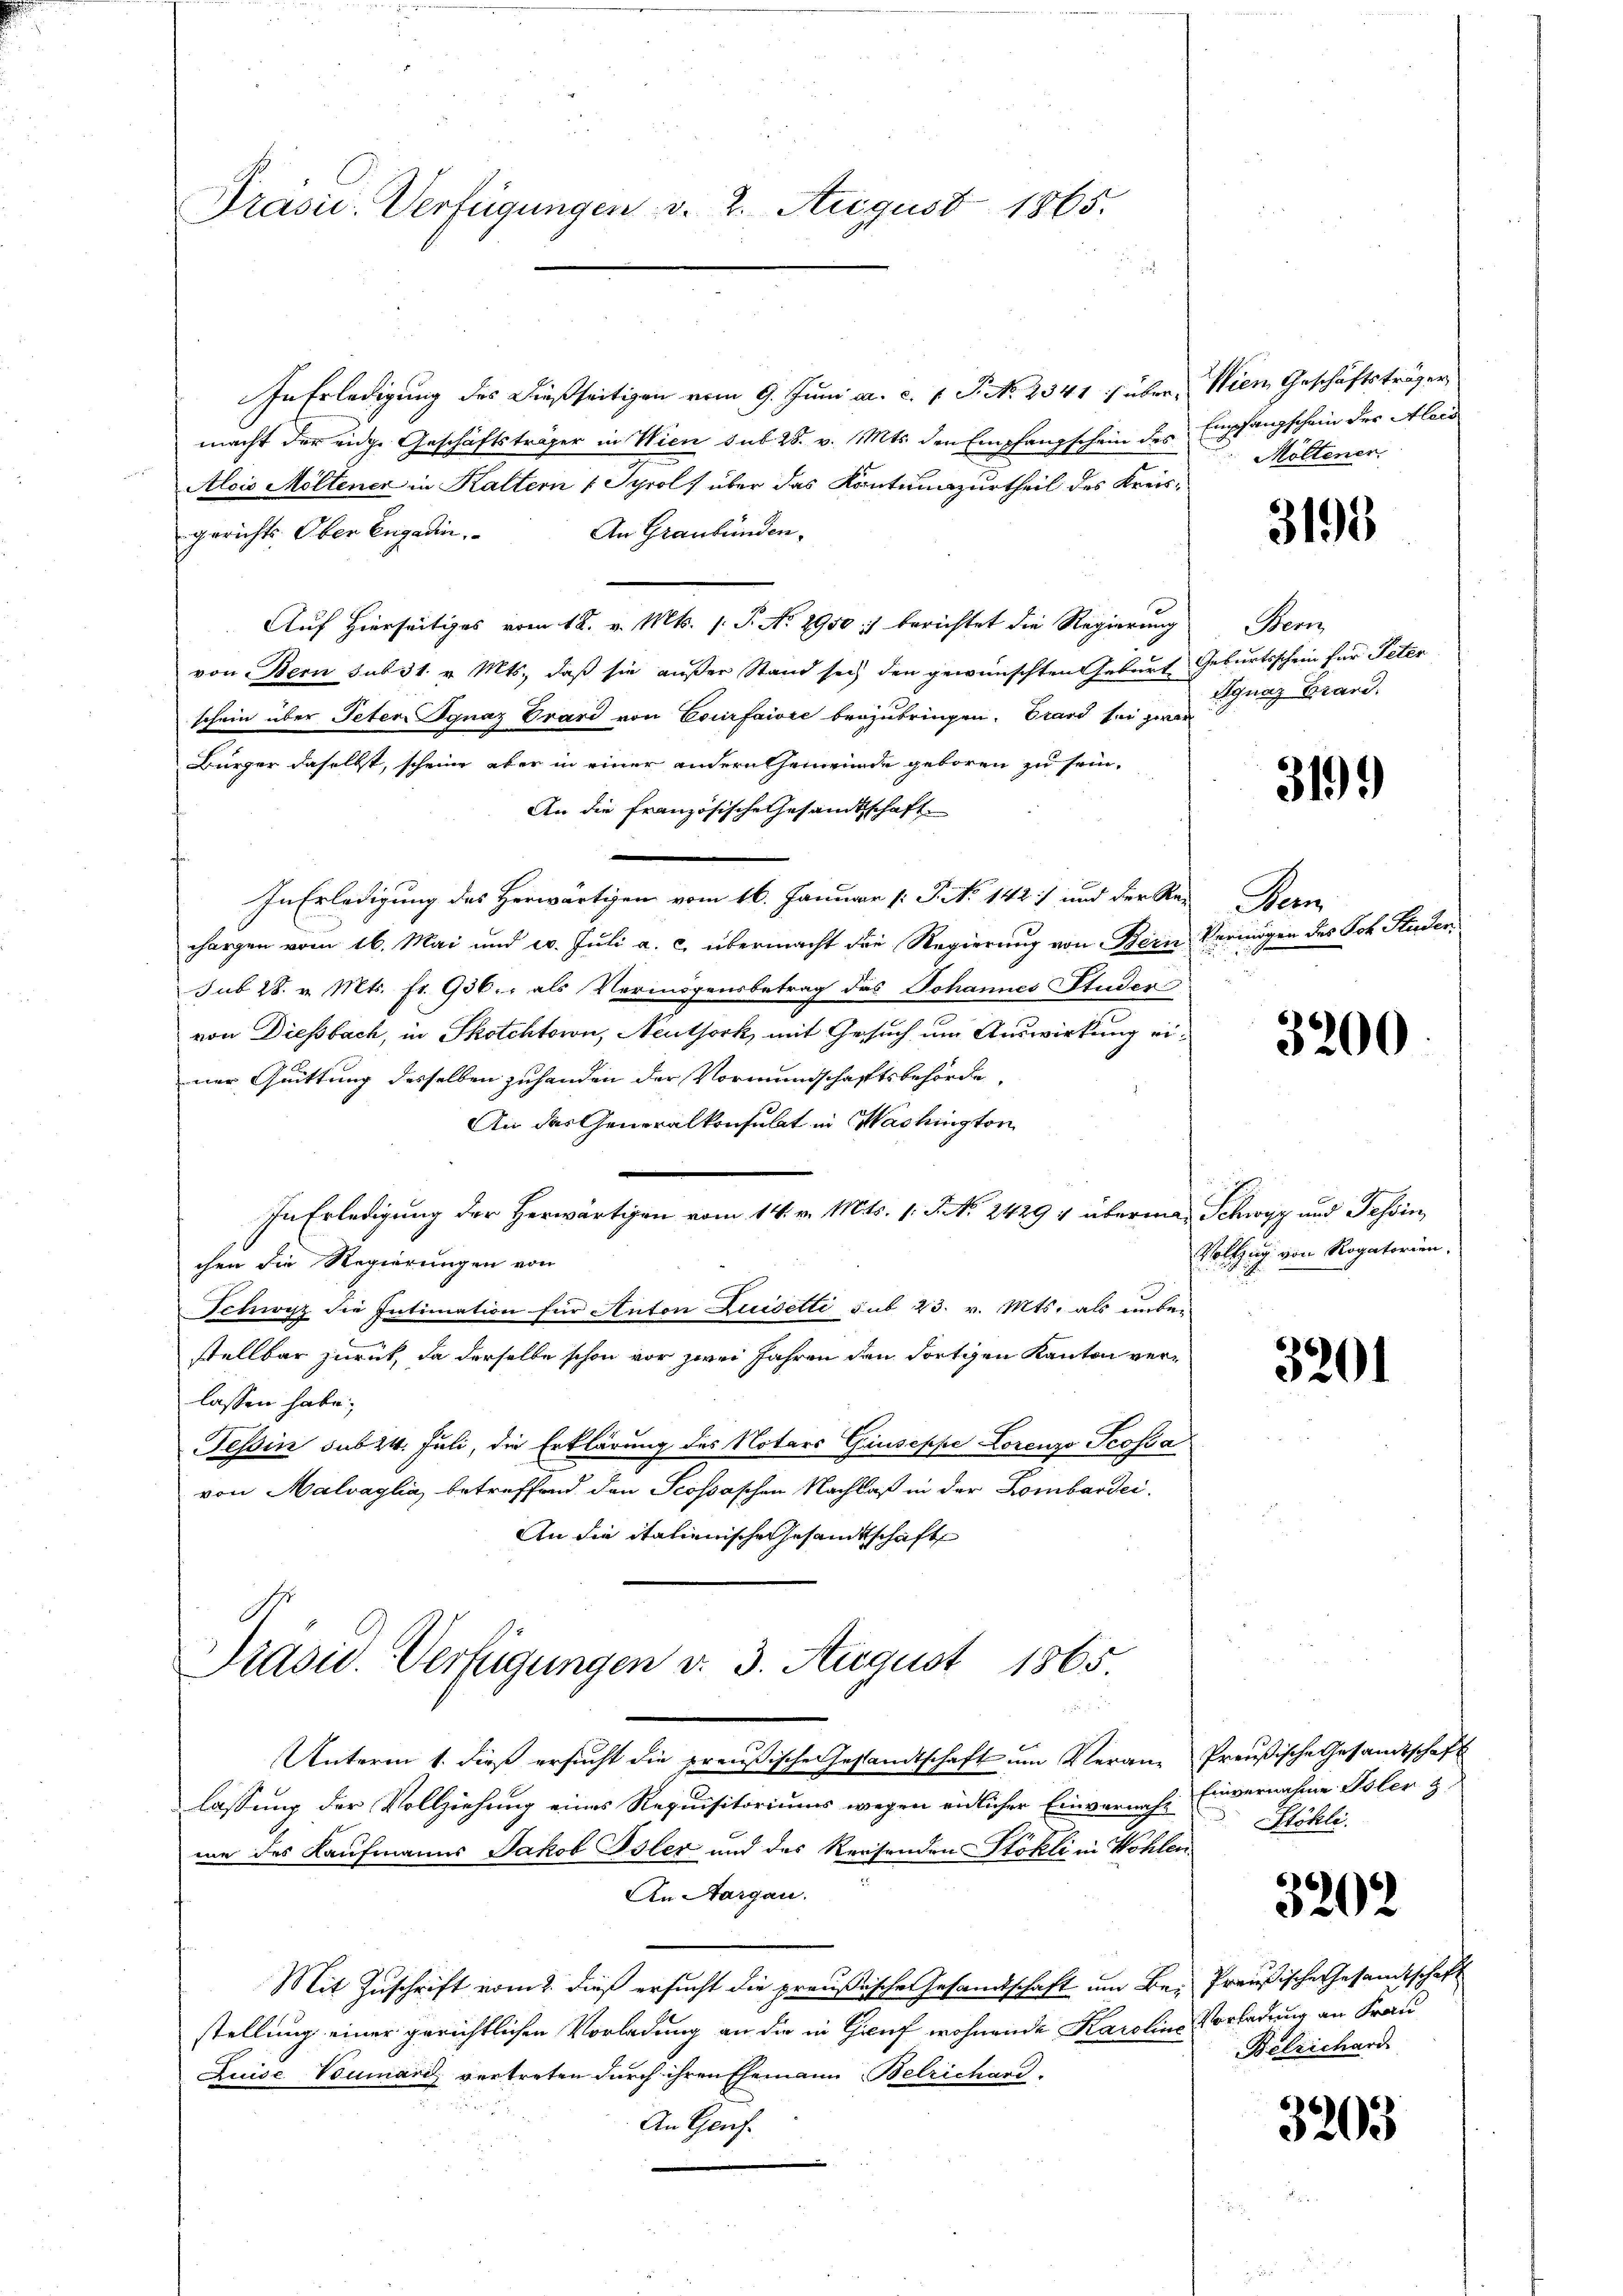
Präsie-Verfügungen v. 2. August 1865.

In Erledigung des dießseitigen vom 9. Juni a. c. 1 S. No. 2341) über, Wien Geschäftsträger
macht der eidge Geschäftsträger in Wien sub. 28. v. Mts. den Empfangschein des
Alois Möltener in Kaltern ( Syrol, über das Kontumazurtheil des Kreis¬
An Graubünden.
gerichts Ober Engadin,
Auf Hierseitiges vom 18. v. Mts. s. S. No. 2950 :/ berichtet die Regierung
von Bern sub 31. v. Mts., daß sie außer Stand sei den gewünschten Geburt Geburtsschein für Peter
schein über Peter Ignaz Grard von Courfaivre beyzubringen. Erard sei zwar
Bürger daselbst, scheine aber in einer andern Gemeinde geboren zu sein,
An die französische Gesandtschaft
In Erledigung des Herwärtigen vom 16. Januar [: P. No 142) und der Re-
horgen vom 16. Mai und 20. Juli a. c. übermacht die Regierung von Bern Vermögen des Joh. Stieden
sub 28. v. Mts. fr. 936. als Vermögensbetrag das Johannes Studer
von Diessbach, in Skotchtorn, Neuthork mit Gesuch um Auswirkung einer Quittung desselben zuhanden der Vormundschaftsbehörde.
An das Generalkonsulat in Washington
In Erledigung der Herwärtigen vom 14. v. Mts. 1. P. Nr. 2429 u überman Schwyz und Tessin,
chen die Regierungen von
Schwyz die Intimation für Anton Luisetti sub 23. v. Mts. als unbe-
stellbar zurück, da derselbe schon vor zwei Jahren den Fortien Kanton verlassen habe;
Tessin sub 24. Juli, die Erklärung des Notars Giuseppe Lorenzo Pcossa
von Malvaglia, betreffend den Scossaschen Nachlaß in der Lombardei-
An die italienische Gesandtschaft
Präsid. Verfügungen v. 3. August 1865.
Unterm 1. dieß ersucht die preußische Gestandtschaft um Veran-Preußische Gesandtschaft
lassung der Vollziehung eines Requisitoriums wegen eidlicher Einvernahe Einvernahme Toler &
me des Kaufmanns Jakob Isler und des Reisenden Stokli in Wohlen
An Aargau.
Mit Zuschrift vom 2. dieß ersucht die preußische Gesandtschaft um Be- Preußische Gesandtschaft
stellung einer gerichtlichen Vorladung an die in Gruf wohnende Karolins Vorladung an Frau
LuiseVoumari vertreten durch ihren Ehemann Belrichard.
An Genf.

Empfangschein der Alois
Möltener.

3193

Bern
digung Brand.

3199

Den

3200

Vollzug von Rogatorien.

3201

Stöhli

3202

Belrichard

3203